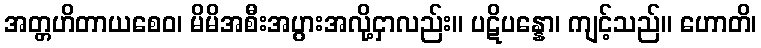
အတ္တဟိတာယစေဝ၊ မိမိအစီးအပွားအလို့ငှာလည်း။ ပဋိပန္နော၊ ကျင့်သည်။ ဟောတိ၊